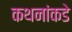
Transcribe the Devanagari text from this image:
कथनांकडे